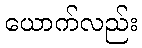
ယောက်လည်း